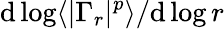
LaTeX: \mathrm{d}\log\langle|\Gamma_{r}|^{p}\rangle/\mathrm{d}\log r